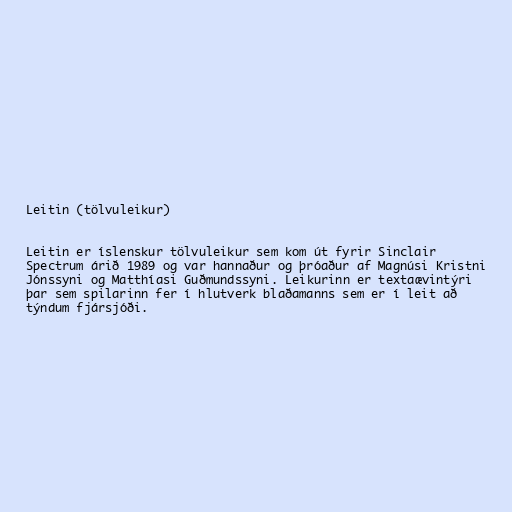
Leitin (tölvuleikur)

Leitin er íslenskur tölvuleikur sem kom út fyrir Sinclair
Spectrum árið 1989 og var hannaður og þróaður af Magnúsi Kristni
Jónssyni og Matthíasi Guðmundssyni. Leikurinn er textaævintýri
þar sem spilarinn fer í hlutverk blaðamanns sem er í leit að
týndum fjársjóði.